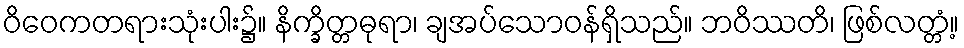
ဝိဝေကတရားသုံးပါး၌။ နိက္ခိတ္တဓုရာ၊ ချအပ်သောဝန်ရှိသည်။ ဘဝိဿတိ၊ ဖြစ်လတ္တံ့။